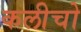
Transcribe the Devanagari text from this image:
कलीचो